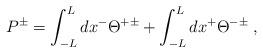
LaTeX: \begin{align*}P^\pm = \int _{-L} ^L dx^- \Theta^{+\pm} + \int _{-L} ^L dx^+\Theta^{-\pm}\; ,\end{align*}